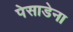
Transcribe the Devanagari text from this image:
पेसाडेना